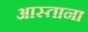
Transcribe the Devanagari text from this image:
आस्ताना